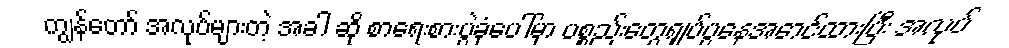
ကျွန်တော် အလုပ်များတဲ့ အခါ ဆို စာရေးစားပွဲခုံပေါ်မှာ ပစ္စည်းတွေရှုပ်ပွနေအောင်ထားပြီး အလုပ်